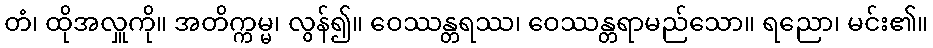
တံ၊ ထိုအလှူကို။ အတိက္ကမ္မ၊ လွန်၍။ ဝေဿန္တရဿ၊ ဝေဿန္တရာမည်သော။ ရညော၊ မင်း၏။